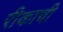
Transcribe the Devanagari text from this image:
रीकाची